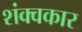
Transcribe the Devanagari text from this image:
शंक्वकार